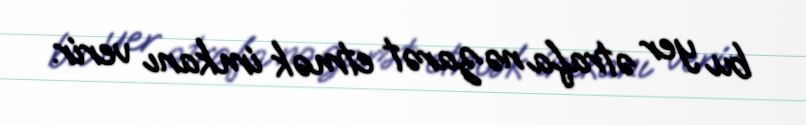
bu yer ətrafa nəzarət etmək imkanı verir.